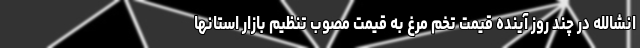
انشالله در چند روز آینده قیمت تخم مرغ به قیمت مصوب تنظیم بازار استانها